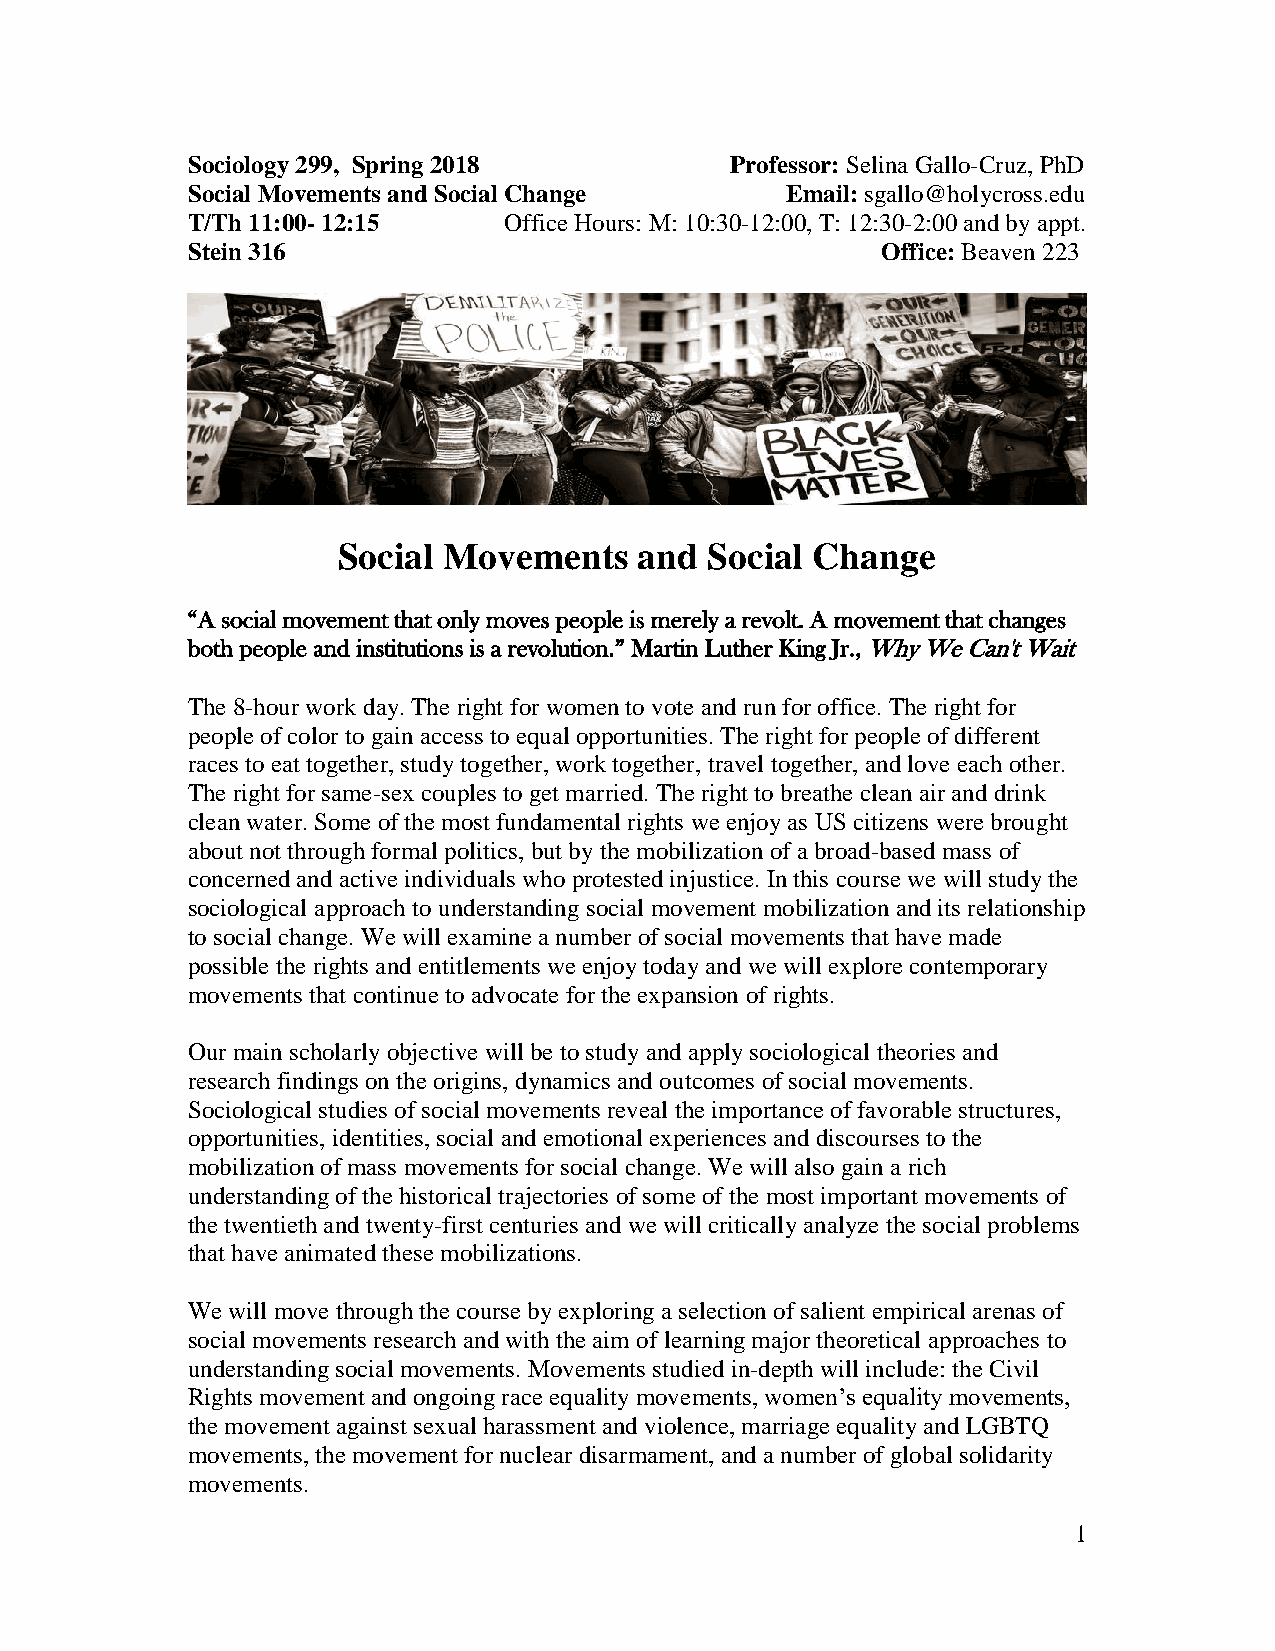
Sociology 299, Spring 2018          Professor: Selina Gallo-Cruz, PhD
 Social Movements and Social Change      Email: sgallo@holycross.edu
 T/Th 11:00- 12:15    Office Hours: M: 10:30-12:00, T: 12:30-2:00 and by appt.
 Stein 316                                     Office: Beaven 223
 Social Movements    and  Social Change
 “A social movement that only moves people is merely a revolt. A movement that changes
 both people and institutions is a revolution.” Martin Luther King Jr., Why We Can't Wait
 The 8-hour work day. The right for women to vote and run for office. The right for
 people of color to gain access to equal opportunities. The right for people of different
 races to eat together, study together, work together, travel together, and love each other.
 The right for same-sex couples to get married. The right to breathe clean air and drink
 clean water. Some of the most fundamental rights we enjoy as US citizens were brought
 about not through formal politics, but by the mobilization of a broad-based mass of
 concerned and active individuals who protested injustice. In this course we will study the
 sociological approach to understanding social movement mobilization and its relationship
 to social change. We will examine a number of social movements that have made
 possible the rights and entitlements we enjoy today and we will explore contemporary
 movements that continue to advocate for the expansion of rights.
 Our main scholarly objective will be to study and apply sociological theories and
 research findings on the origins, dynamics and outcomes of social movements.
 Sociological studies of social movements reveal the importance of favorable structures,
 opportunities, identities, social and emotional experiences and discourses to the
 mobilization of mass movements for social change. We will also gain a rich
 understanding of the historical trajectories of some of the most important movements of
 the twentieth and twenty-first centuries and we will critically analyze the social problems
 that have animated these mobilizations.
 We will move through the course by exploring a selection of salient empirical arenas of
 social movements research and with the aim of learning major theoretical approaches to
 understanding social movements. Movements studied in-depth will include: the Civil
 Rights movement and ongoing race equality movements, women’s equality movements,
 the movement against sexual harassment and violence, marriage equality and LGBTQ
 movements, the movement for nuclear disarmament, and a number of global solidarity
 movements.
 1